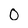
Character: 0